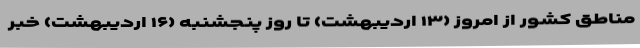
مناطق کشور از امروز (۱۳ اردیبهشت) تا روز پنجشنبه (۱۶ اردیبهشت) خبر